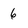
Character: 6